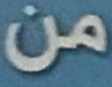
من